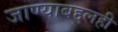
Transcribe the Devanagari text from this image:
जाण्याबद्दलही